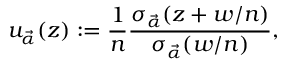
u _ { \vec { \alpha } } ( z ) : = \frac { 1 } { n } \frac { \sigma _ { \vec { \alpha } } ( z + w / n ) } { \sigma _ { \vec { \alpha } } ( w / n ) } ,